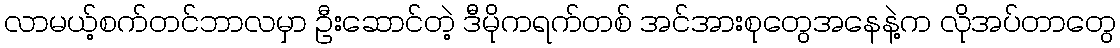
လာမယ့်စက်တင်ဘာလမှာ ဦးဆောင်တဲ့ ဒီမိုကရက်တစ် အင်အားစုတွေအနေနဲ့က လိုအပ်တာတွေ